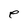
Character: e